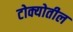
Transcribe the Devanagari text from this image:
टोक्योतील